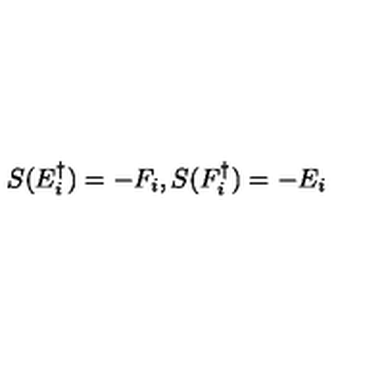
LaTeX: S ( E _ { i } ^ { \dagger } ) = - F _ { i } , S ( F _ { i } ^ { \dagger } ) = - E _ { i }